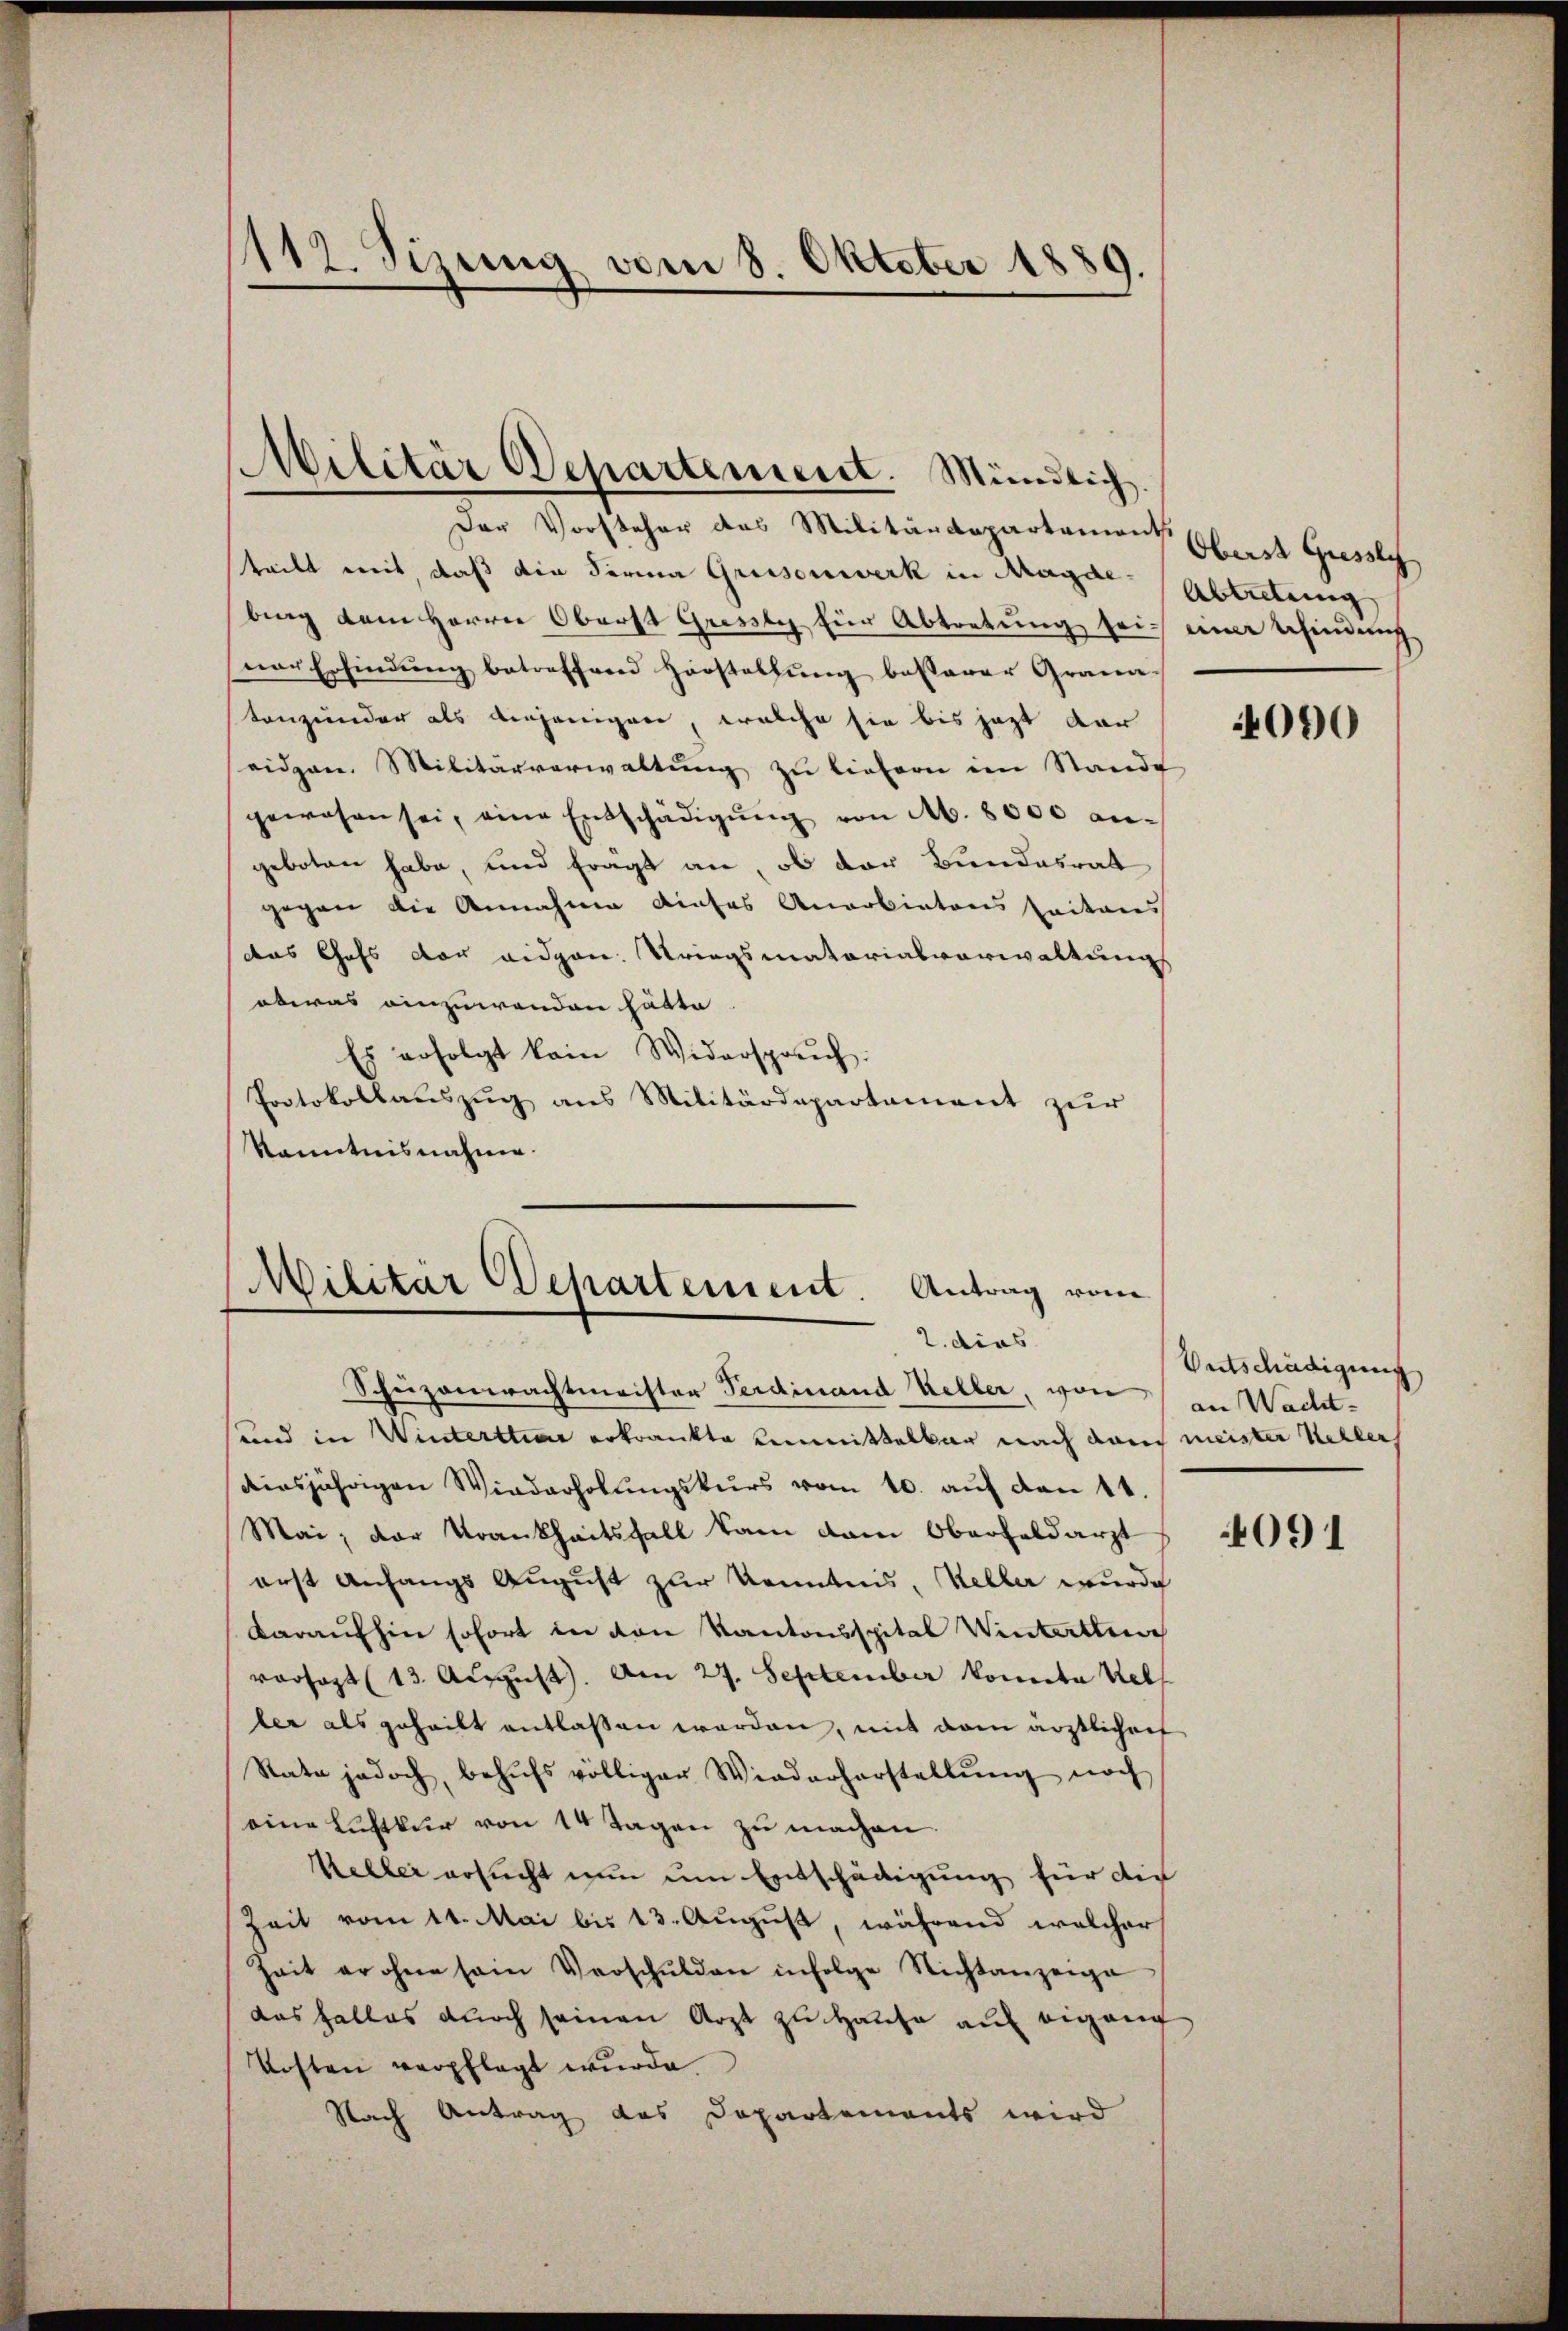
1112. Sizung vom 8. Oktober 1889.

Militär Departement. Mündlich.

Der Vorsteher das Militärdepartemont erst Giessli
teilt mit daß die Firma Grüsenwerk in Magde (Abtretung
brag dem Herrn Oberst Gresste für Abtretŭng sei einer findung
ner Erfindŭng betreffend Horstellŭng besserer Grana-
tanzender als diejenigere, welche sie bis jezt dar
eidgen. Militärverwaltŭng zu liefern im Stande
gewesen sei, eine Entschädigŭng von M. 8000 angeboten habe, und fragt an, ob der Bundesrat
gegen die Annahme dieses Anarbietens seitens
das Chefs vor eidgen. Kriegsmatorialverwaltungs
etwas einzuwenden hätte
Es erfolgt kein Widerspruch:
Protokollauszug aus Militärdepartement zur
Kenntnisnahme.

Militär Departement. Antrag vom
2. dies

Schuzonerachtmeister Ferdinand Keller, von an Wacht-
und in Winterthur erkrankte unmittelbar nach dan meister Kellerh
diesjährigen Wiederholŭngskurs vom 10. aŭf den 11.
Mai, der Krankheitsfall kam dem Oberfeldarzt
erst Anfangs August zur Kenntnis, Keller wurde
Daraufhin sofort in den Kantonsspital Winterthun
vorsagt (13. August). Am 27. September komita Rebl
ler als geheilt entlassen worden, mit dem ärztlicher
Rate jedoch, behŭfs völliger Wiederherstellŭng noch
eine Luftkur von 14 Tagen zu machen.
Veller ersucht nun um Entschädigung für die
Zeit vom 11. Mai bis 13. August, während welcher
Zeit er ohne sein Verschŭlden infolge Nichtanzeige
das Falles durch seinen Arzt zu Hause auf eigang
Kosten verpflegt wurde
Nach Antrag des Departements wird

4090

Entschädigung

4091